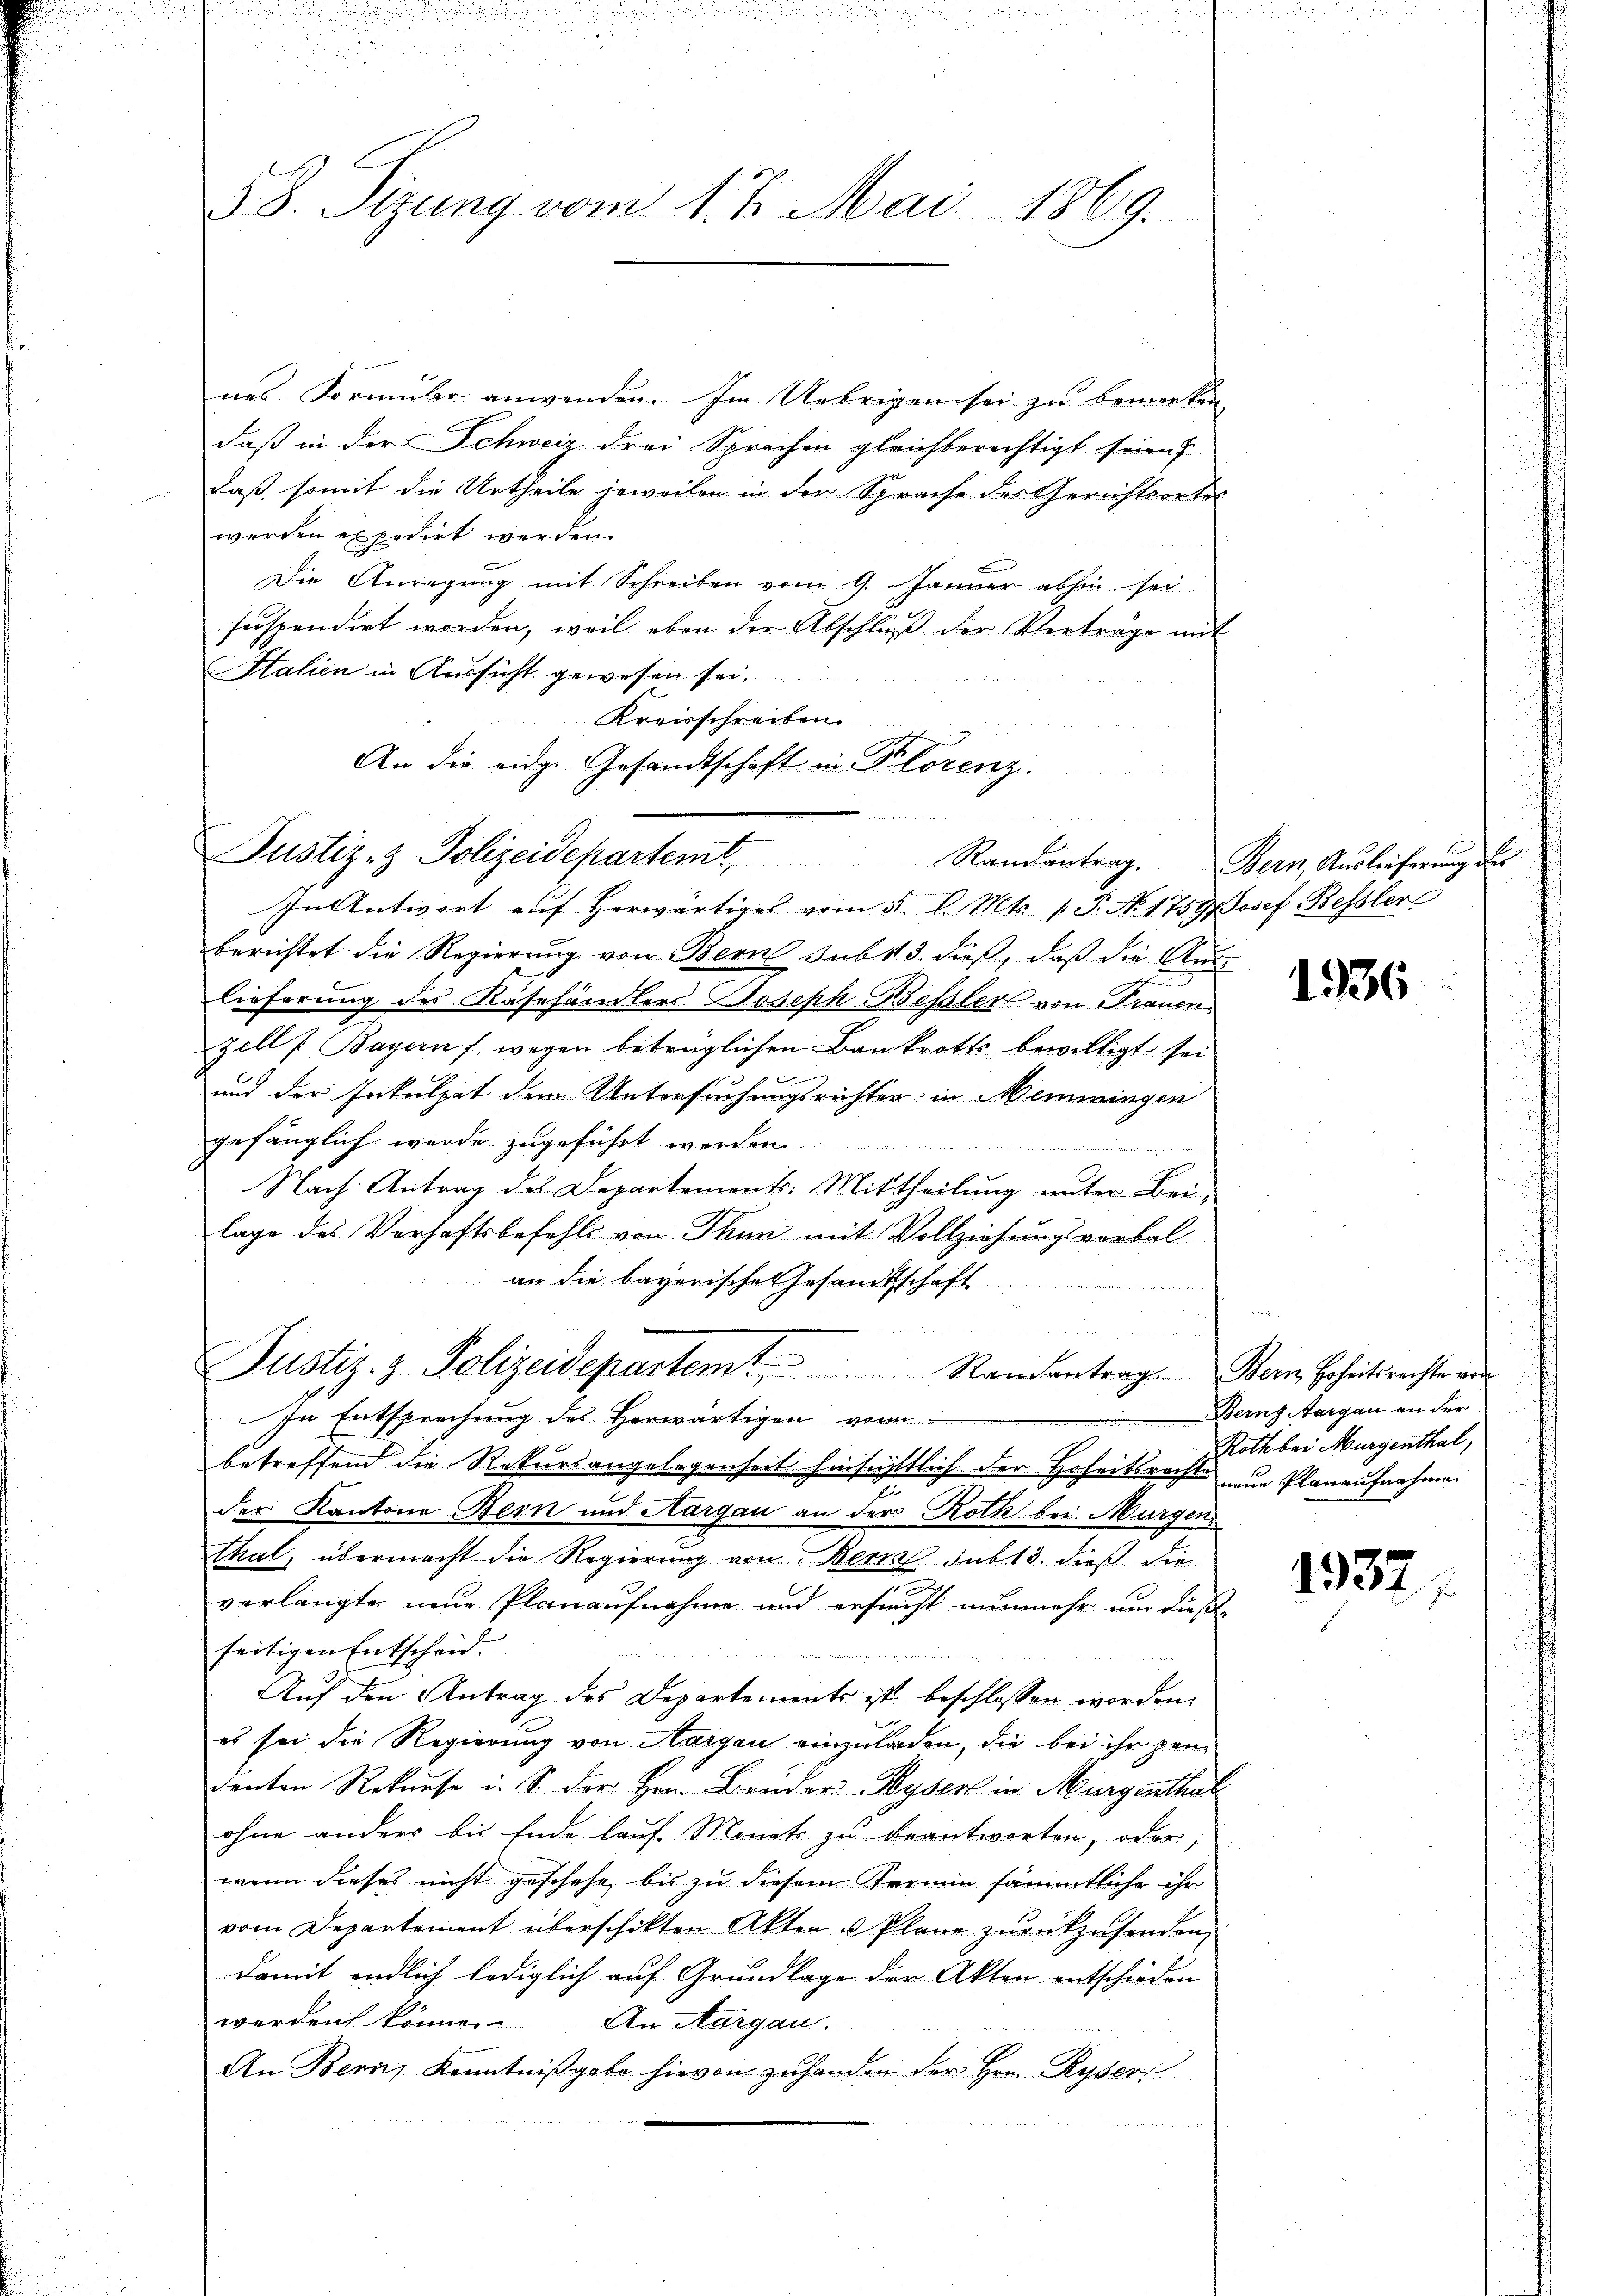
58. Sitzung vom 17. Mai 1869.

nes Formuler anwenden. Im Uebrigen sei zu bemerken
daß in der Schweiz drei Sprachen gleichberechtigt seien
daß somit die Urtheile jeweilen in der Sprache des Gerichtsortes
werden expedirt werden.
Die Anregung mit Schreiben vom 9. Januar abhin sei
suspendirt worden, weil eben der Abschluß der Verträge mit
Italien in Aussicht gewesen sei.
Kreisschreiben
An die eidg. Gesandtschaft in Florenz.

enen der
Justiz- & Polizeidepartemt. Randantrag. Bern, Auslieferung des

In Antwort auf herwärtiges vom 4. l. Mts. 1. P. N. 1759.  Josef Bessler
berichtet die Regierung von Bern sub 13. dieß, daß die Aus-
e
lieferung des Kasehändlers-Joseph Beßler von Frauen.
zell /: Bayern /. wegen betrüglichen Bankrotts bewilligt sei.
.
und der Inkulpat dem Untersuchungsrichter in Memmingen
gefänglich wurde zugeführt werden
 ener
Nach Antrag des Departement: Mittheilung unter Bei-
lage des Verhaftsbefehls von Thun mit Vollziehungsverbol
an die bayerische Gesandtschaft
Justiz- & Polizeidepartemt Randantrag. Bern Beheitsrechtern
In Entsprechung des Herwärtigen von
betreffend die Rekursangelegenheit hinsichtlich der Hoheitsrechte zur Planaufnahmen
d
der Kantone Bern und Aargau an der Roth bei Murgen
thal, übermacht die Regierung von Bern sub 13. dieß die
n
verlangte neue Planaufnahme und ersucht nunmehr um dieße
seitigen Entscheid.
Auf den Antrag des Departements ist beschlossen worden.
es sei die Regierung von Aargau einzuladen, die bei ihr pendenten Rekurse u. S. der Hrn. Bruder Hyder in Murgenthal
ohne anders bis Ende lauf Monate zu beantworten, oder,
wenn dieses nicht geschehe, bis zu diesem Termin sämmtliche ihr
vom Departement überschikten Akten u Plane zurückzusenden,
damit endlich lediglich auf Grundlage der Akten entschieden
werden könne.
An Aargau.
An Bern, Kenntniβgabe hievon zuhanden der Hrn. Ryserl

1936

Berns Aargau an der
Roth bei Murgenthal,

1932